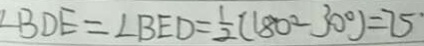
\angle B D E = \angle B E D = \frac { 1 } { 2 } ( 1 8 0 ^ { \circ } - 3 0 ^ { \circ } ) = 7 5 ^ { \circ }